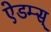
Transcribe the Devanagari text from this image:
ऐडम्स्‌